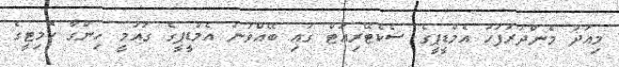
މިއަދު މެންދުރުފަހު އެމްޑީޕީގެ ސެކެޓޭރިއަޓް ގައި ބޭއްވުނު އެމްޑީޕީގެ ގައުމީ ހިންގާ ކޮމިޓީގެ